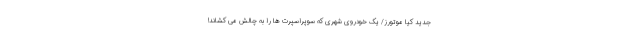
جدید کیا موتورز/ یک خودروی شهری که سوپراسپرت ها را به چالش می کشاند!